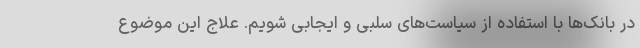
در بانک‌ها با استفاده از سیاست‌های سلبی و ایجابی شویم. علاج این موضوع